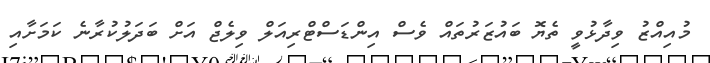
މުއިއްޒު ވިދާޅުވީ ތެޔޮ ބައުޒަރުތައް ވެސް އިންޑަސްޓްރިއަލް ވިލެޖް އަށް ބަދަލުކުރާނެ ކަމަށާއި